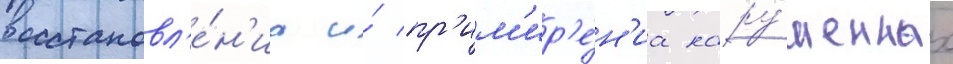
восстановл'е́н'иа и́ пр'им'ир'е́н'иа нару́шенных